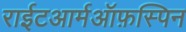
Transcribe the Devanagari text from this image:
राईटआर्मऑफ़स्पिन